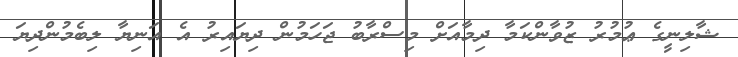
ޝާލިނީގެ ޢުމުރު ޒުވާންކަމާ ދިމާއަށް މިސްރާބު ޖަހަމުން ދިޔައިރު އެ އަނިޔާ ލިބެމުންދިޔަ